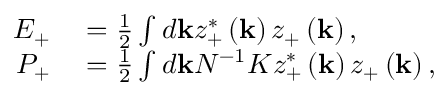
\begin{array} { r l } { E _ { + } } & { { } = \frac { 1 } { 2 } \int d \mathbf { k } z _ { + } ^ { * } \left( \mathbf { k } \right) z _ { + } \left( \mathbf { k } \right) , } \\ { P _ { + } } & { { } = \frac { 1 } { 2 } \int d \mathbf { k } N ^ { - 1 } K z _ { + } ^ { * } \left( \mathbf { k } \right) z _ { + } \left( \mathbf { k } \right) , } \end{array}